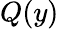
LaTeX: Q(y)